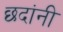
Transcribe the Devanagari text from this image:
छदांनी